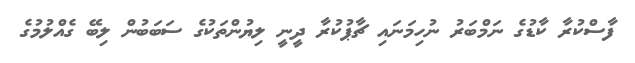
ފާސްކުރާ ކާޑުގެ ނަމްބަރު ނުހިމަނައި ޗާޕުކުރާ ދީނީ ލިޔުންތަކުގެ ސަބަބުން ލިބޭ ގެއްލުމުގެ